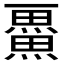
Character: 𭻴